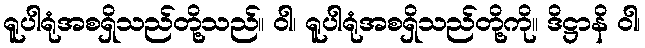
ရူပါရုံအစရှိသည်တို့သည်။ ဝါ၊ ရူပါရုံအစရှိသည်တို့ကို။ ဒိဋ္ဌာနိ ဝါ၊